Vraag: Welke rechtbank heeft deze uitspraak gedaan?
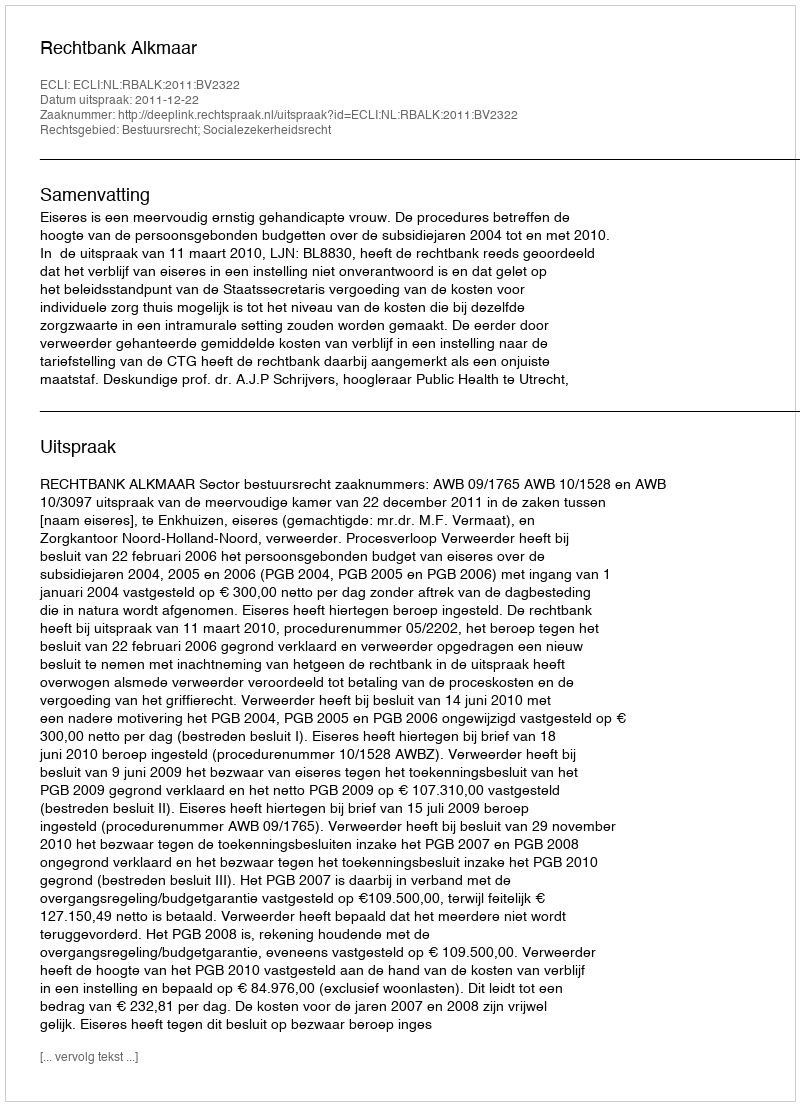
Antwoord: Rechtbank Alkmaar